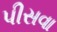
પીસવા